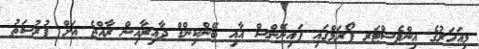
މިއަހަރުގެ އިންވެސްޓަރ ފޯރަމްގައި ފައިނޭންސް އާއި ބޭންކިންގް ދާއިރާއިން ރާއްޖެ އަށް ފުރުސަތު